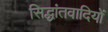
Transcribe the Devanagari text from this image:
सिद्धांतवादियों